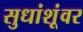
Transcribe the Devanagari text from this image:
सुधांशूंवर